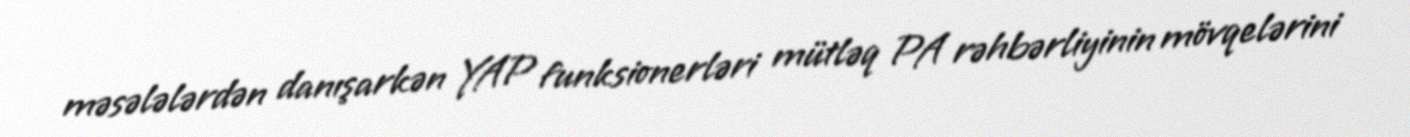
məsələlərdən danışarkən YAP funksionerləri mütləq PA rəhbərliyinin mövqelərini